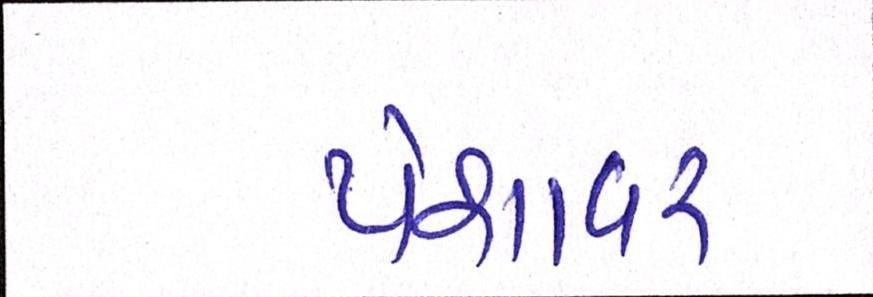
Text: પેશાવર